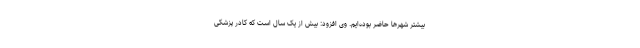
بیشتر شهرها حاضر بوده‌ایم. وی افزود: بیش از یک سال است که کادر پزشکی